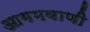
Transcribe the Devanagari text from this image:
आगमवाणी